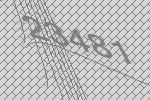
23481